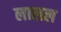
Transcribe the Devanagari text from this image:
लालल